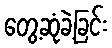
တွေ့ဆုံခဲ့ခြင်း